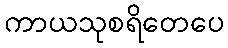
ကာယသုစရိတေပေ